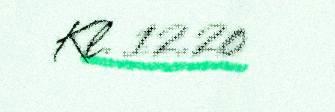
Kl. 12.20